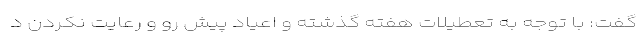
گفت: با توجه به تعطیلات هفته گذشته و اعیاد پیش رو و رعایت نکردن د